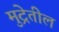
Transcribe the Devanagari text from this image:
मुद्रेतील